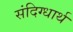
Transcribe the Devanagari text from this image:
संदिग्धार्थ